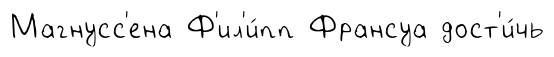
Магнусс'ена Ф'ил'и́пп Франсуа дост'и́чь